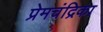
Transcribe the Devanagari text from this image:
प्रेमचंद्रिका